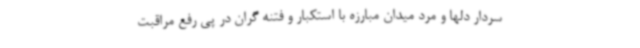
سردار دلها و مرد میدان مبارزه با استکبار و فتنه گران در پی رفع مراقبت